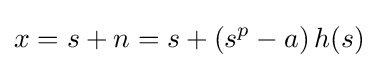
x=s+n=s+\left(s^{p}-a\right)h(s)